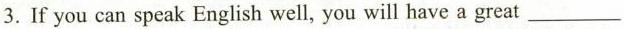
3.If you can speak English well, you will have a great ___